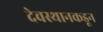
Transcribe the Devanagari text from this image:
देवस्थानकडून